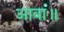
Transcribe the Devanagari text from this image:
आवा॥